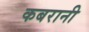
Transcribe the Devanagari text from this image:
कबरानी